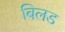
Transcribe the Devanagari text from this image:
बिलड